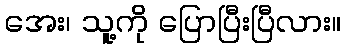
အေး၊ သူ့ကို ပြောပြီးပြီလား။